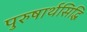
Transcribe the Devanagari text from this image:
पुरुषार्थसिद्धि